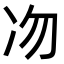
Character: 𠖳